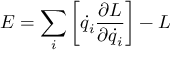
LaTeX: E = \sum _ { i } \left[ { \dot { q } } _ { i } { \frac { \partial L } { \partial { \dot { q } } _ { i } } } \right] - L